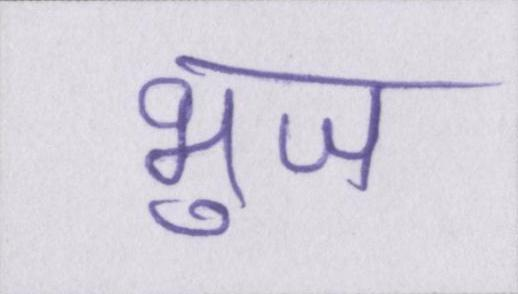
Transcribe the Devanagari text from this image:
भुज